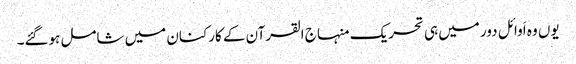
یوں وہ اَوائل دور میں ہی تحریک منہاج القرآن کے کارکنان میں شامل ہوگئے۔